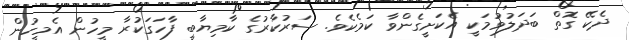
ދެކޭ ގޮތް ބަދަލުވުމަކީ އެކަށީގެންވާ ކަމެކެވެ. ސަރުކާރުގެ ކާމިޔާބީ ފާހަގަކުރާ މީހުން އެމީހުން